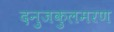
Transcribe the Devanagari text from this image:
दनुजकुलमरण